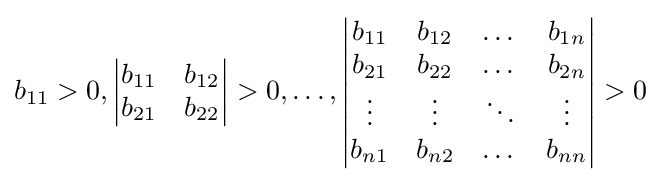
b_{11}>0,{\begin{vmatrix}b_{11}&b_{12}\\b_{21}&b_{22}\end{vmatrix}}>0,\ldots ,{\begin{vmatrix}b_{11}&b_{12}&\dots &b_{1n}\\b_{21}&b_{22}&\dots &b_{2n}\\\vdots &\vdots &\ddots &\vdots \\b_{n1}&b_{n2}&\dots &b_{nn}\end{vmatrix}}>0